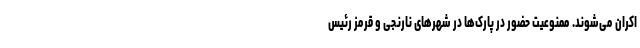
اکران می‌شوند. ممنوعیت حضور در پارک‌ها در شهر‌های نارنجی و قرمز رئیس